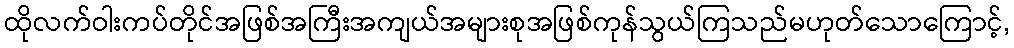
ထိုလက်ဝါးကပ်တိုင်အဖြစ်အကြီးအကျယ်အများစုအဖြစ်ကုန်သွယ်ကြသည်မဟုတ်သောကြောင့်,